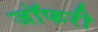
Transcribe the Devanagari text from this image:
जॉफरी